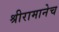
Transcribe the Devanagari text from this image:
श्रीरामानेच